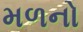
મળનો